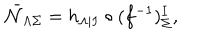
\bar { \cal N } _ { \Lambda \Sigma } = h _ { \Lambda | I } \circ ( f ^ { - 1 } ) _ { \Sigma } ^ { I } ,